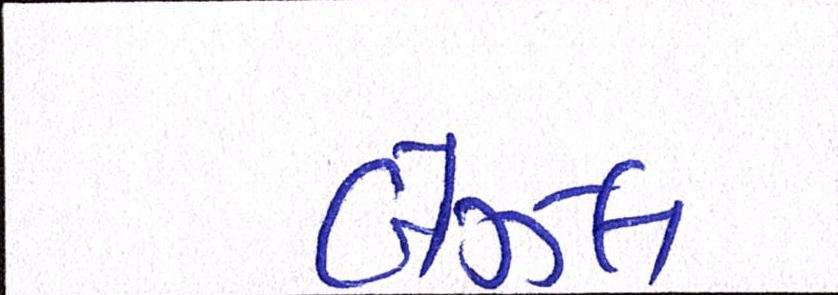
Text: બેઝલ